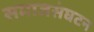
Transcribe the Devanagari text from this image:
समाजसंघटन